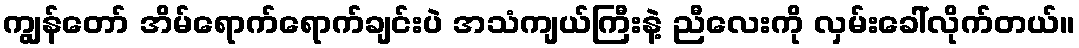
ကျွန်တော် အိမ်ရောက်ရောက်ချင်းပဲ အသံကျယ်ကြီးနဲ့ ညီလေးကို လှမ်းခေါ်လိုက်တယ်။